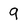
Character: 9